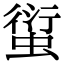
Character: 𧍢